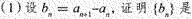
(1)设$$b_{n} = a_{n+1} - a_{n}$$,证明$$\left \{ b_{n} \right \} $$是